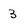
Character: 3